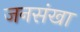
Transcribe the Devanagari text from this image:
जनसंखा